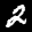
Label: 2